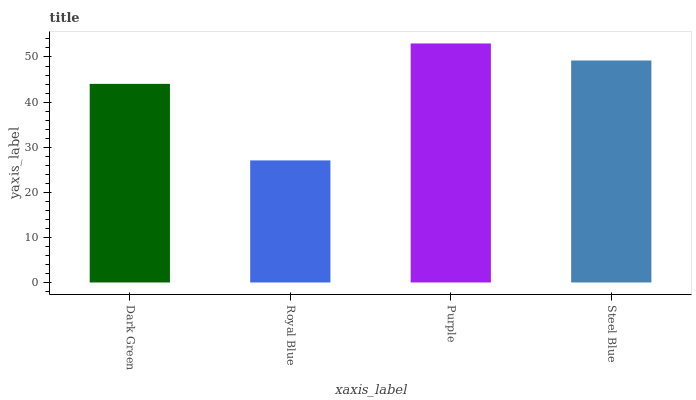
| xaxis_label | bars |
 | --- | --- |
 | Dark Green | 44 |
 | Royal Blue | 27.1 |
 | Purple | 53 |
 | Steel Blue | 49.2 |